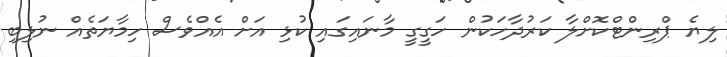
ލިޔެ ޕްރިންޓްކޮށްލާ ކަރުދާހަކުން ހަގީގީ މާނައިގައި ކުޅި އަށް އެއްވެސް ހިމާޔަތެއް ނުލިބި